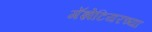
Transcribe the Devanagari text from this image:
गॅझेटियरच्या